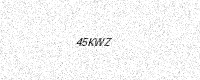
Text: 45KWZ